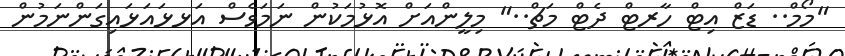
"މޯމް.. ޑަޒް އިޓް ހާރޓް ދެޓް މަޗް.." މިލީންއަށް އޮޅުމަކުން ނަމަވެސް އަޅޅައަޅައިގަންނަމުން